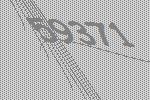
59371